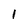
Character: 1